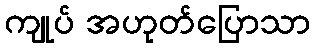
ကျုပ် အဟုတ်ပြောသာ